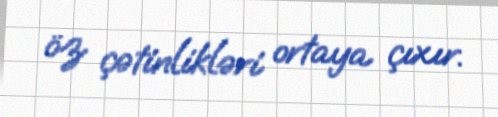
öz çətinlikləri ortaya çıxır.